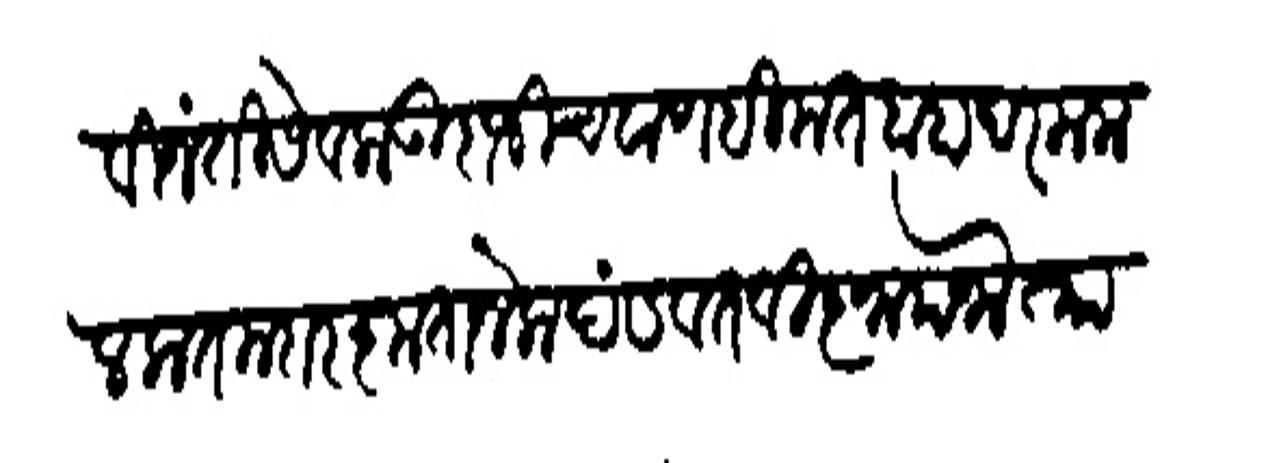
Transliteration (Devanagari): विनंती सेवक उदाजी चवाण हिमतबाहादर ममलकतमदार कृतानेक बंडयत विज्ञापना ता